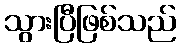
သွားပြီဖြစ်သည်